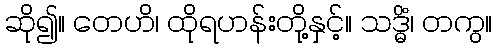
ဆို၍။ တေဟိ၊ ထိုရဟန်းတို့နှင့်။ သဒ္ဓိံ၊ တကွ။